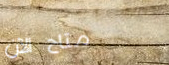
متاح الآن